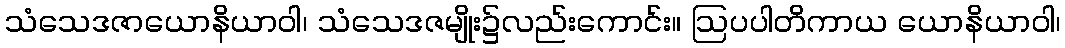
သံသေဒဇာယောနိယာဝါ၊ သံသေဒဇမျိုး၌လည်းကောင်း။ ဩပပါတိကာယ ယောနိယာဝါ၊